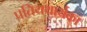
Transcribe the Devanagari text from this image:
प्रतियथार्थका